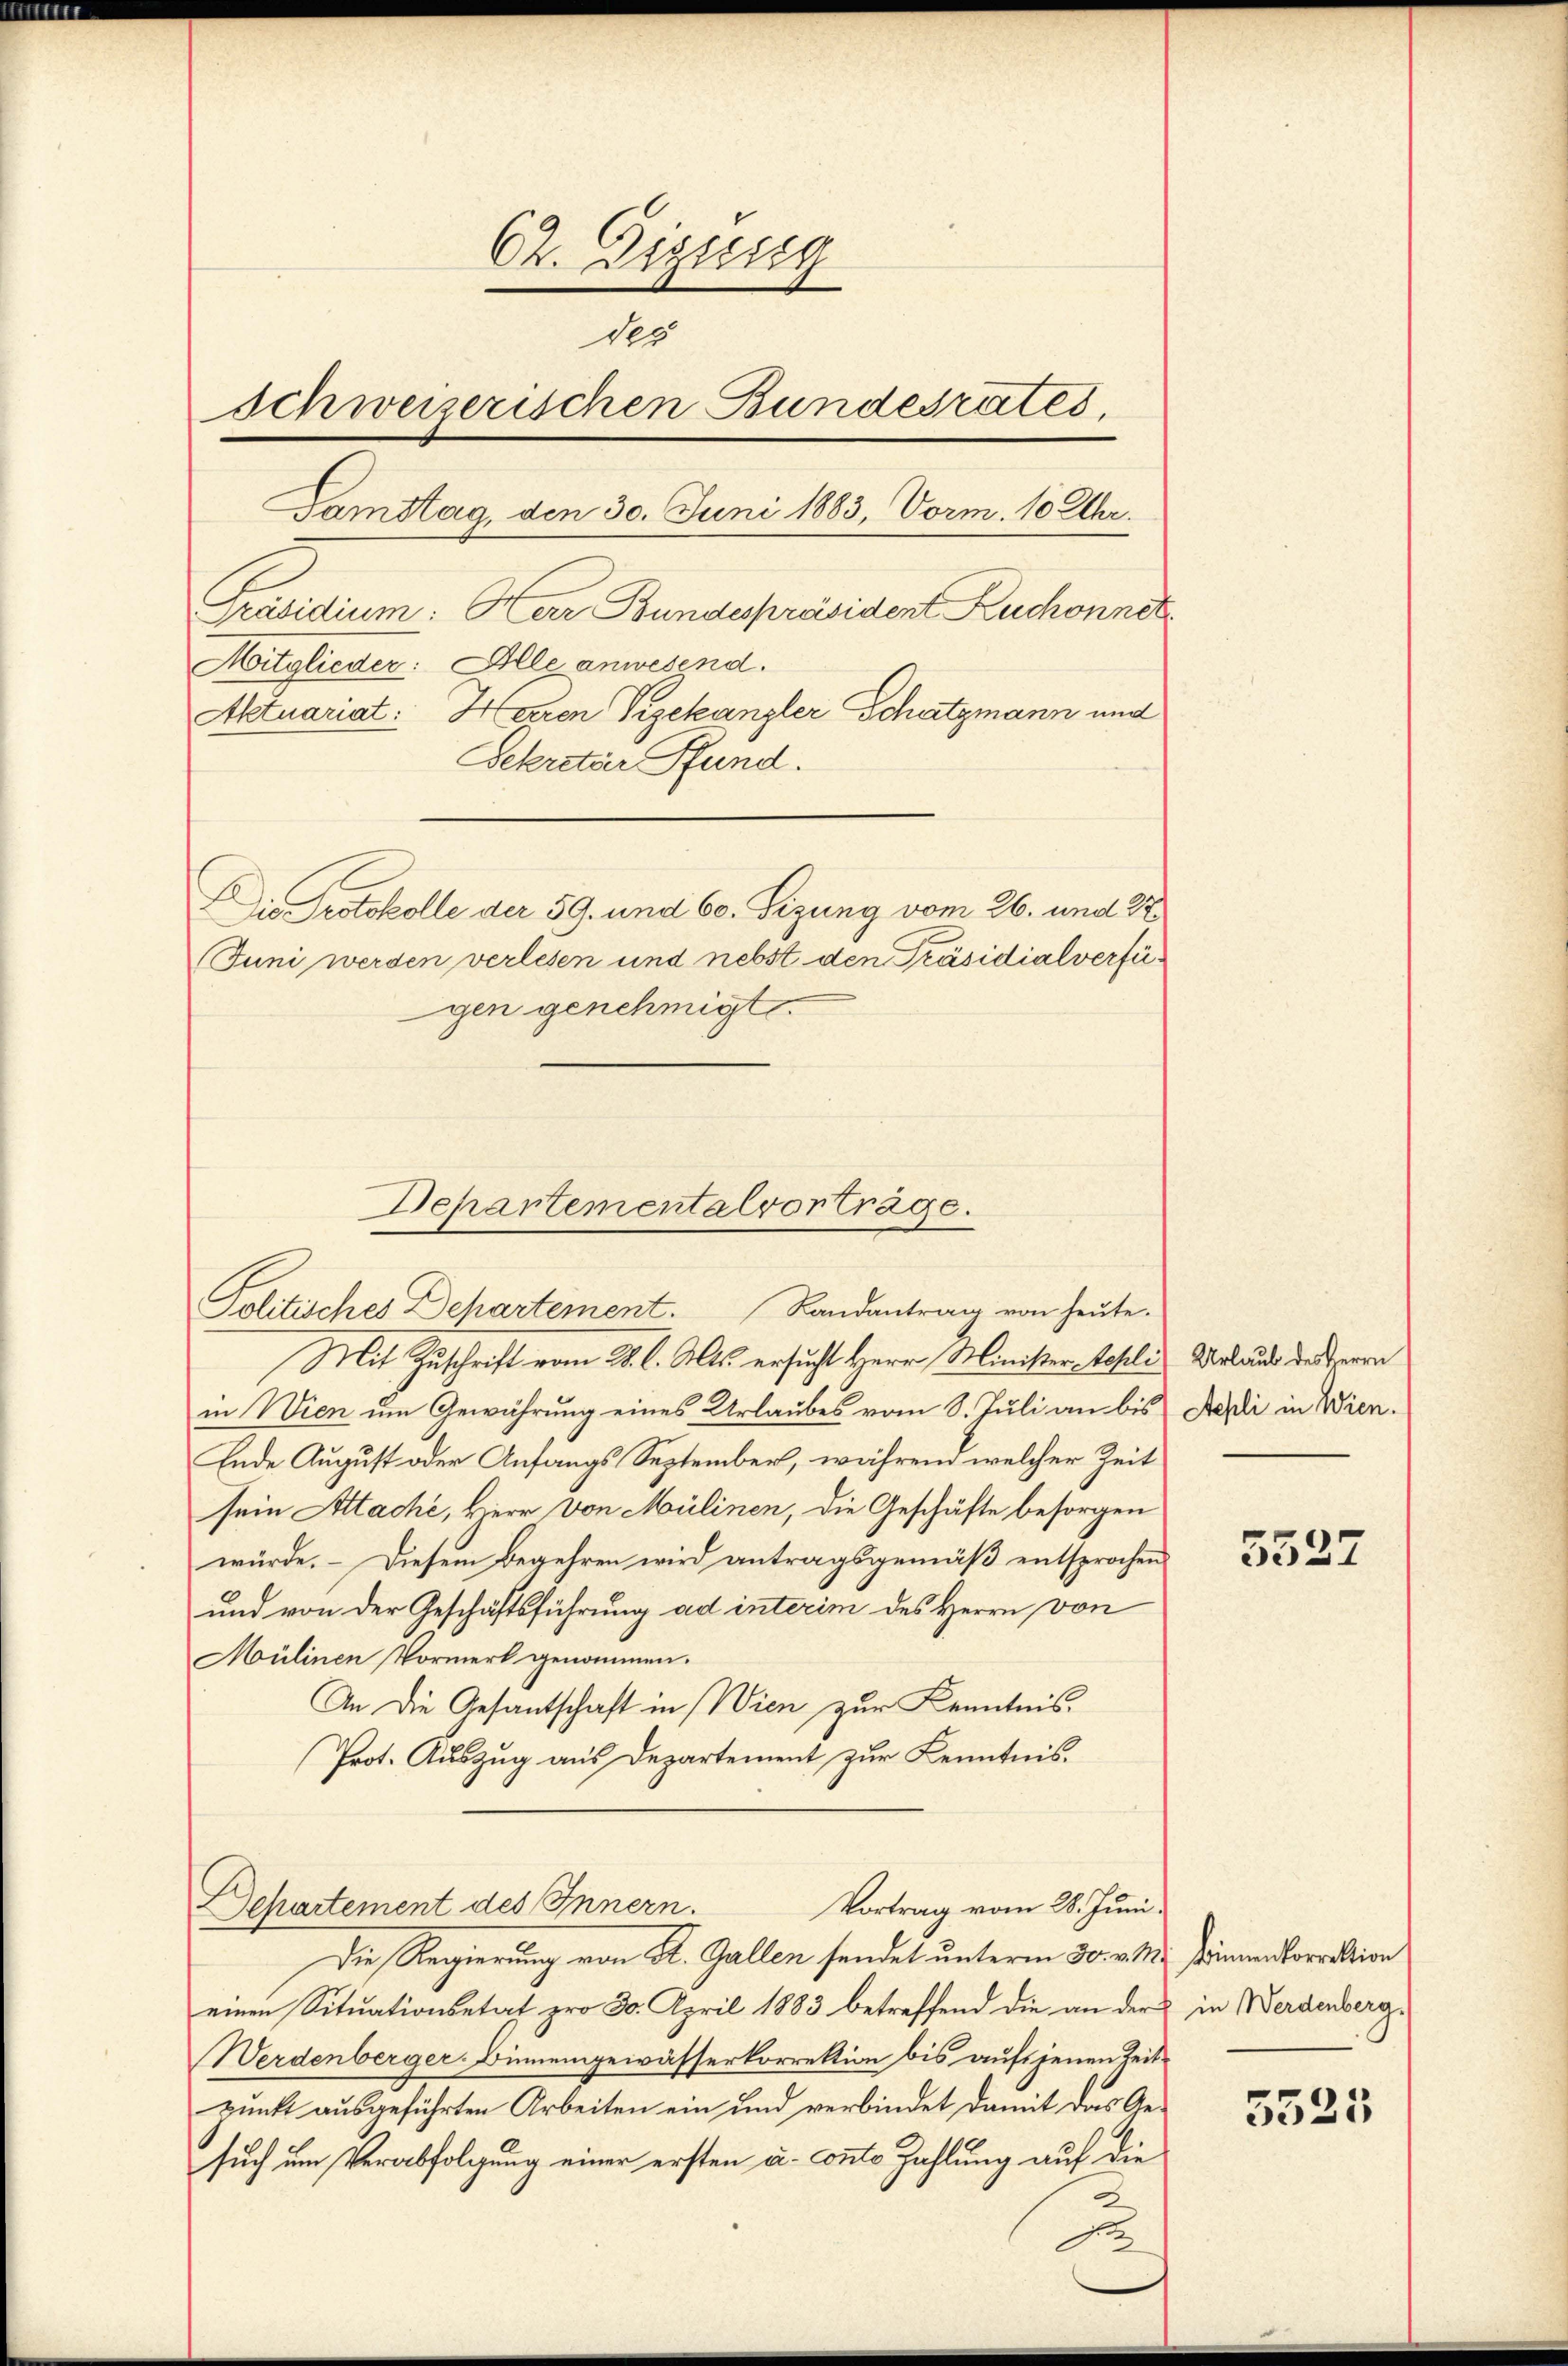
62. Eizusig
des
schweizerischen Bundesrates.
Tamstag, den 30. Juni 1883, Vorm. 10 Uhr.
Präsidium: Herr Bundespräsident Ruchonne
Mitglieder: Alle anwesend.
Aktuariat: Herren Vizekanzler Schatzmann und
Sekretair Pfand.
Die Protokolle der 59. und 60. Sizung vom 26. und 22
Juni werden verlesen und nebst den Präsidialverfügen genehmigt.

Departementalvortrage.
Politisches Departement. Landantrag von heŭte.

Mit Zuschrift vom 28. l. Mts. ersucht Herr Minister Schli, Walaus des Herrn
in Wien um Gewährung eines Urlaubes vom 8. Juli an bis Aesi in Wien¬
Ende August oder Anfangs September, während welcher Zeit
sein Altache, Herr von Mülinen, die Geschäfte besorgen
würde. – Diesem Begehren wird antragsgemäß entsprochen
und von der Geschäftsführung ad interim des Herrn von
Mülinen Vormerk genommen.
An die Gesantschaft in Wien zur Kenntnis.
Prot. Auszug aus Departement zur Kenntnis.
Vortrag vom 28. Juni.
Departement des Innern.
Die Regierung von St. Gallen sendet unterm 30. v. M. Zimmen korrektion
einen Situationsetat pro 30. April 1883 betreffend die an der in Werdenberg,
Werdenberger-Binnengewässerkorrektion bis auf jenen Zeitpunkt ausgeführten Arbeiten ein und verbindet damit das Gesuch um Verabfolgung einer ersten u. Conto Zahlung auf die
2
do

5527

5523